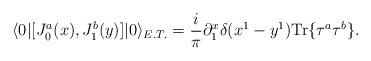
LaTeX: \begin{align*}\langle 0|[J_{0}^{a}(x),J_{1}^{b}(y)]|0\rangle_{E.T.}=\frac{i}{\pi}\partial^{x}_{1}\delta(x^{1}-y^{1})\mbox{Tr}\{\tau^{a}\tau^{b}\}.\end{align*}